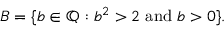
B = \{ b \in \mathbb { Q } : b ^ { 2 } > 2 { \mathrm { ~ a n d ~ } } b > 0 \} .